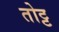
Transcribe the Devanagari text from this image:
तोट्ट